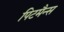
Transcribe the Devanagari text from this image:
पिटमैन्स